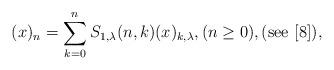
LaTeX: \begin{align*}(x)_{n}=\sum_{k=0}^{n}S_{1,\lambda}(n,k)(x)_{k,\lambda},(n\ge 0),(\mathrm{see}\ [8]),\end{align*}